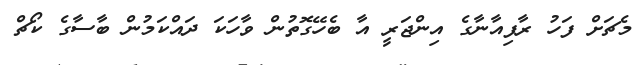
މެޗަށް ފަހު ރާފިއާނާގެ އިންޖަރީ އާ ބެހޭގޮތުން ވާހަކަ ދައްކަމުން ބާސާގެ ކޯޗް